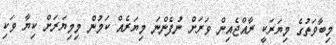
މިބާވަތުގެ މިޔަރަކީ ރާއްޖެއިން ވަރަށް ނުފެންނަ މިޔަރެއް ކަމުން މިމިޔަރަށް ކިޔާ ވަކި